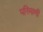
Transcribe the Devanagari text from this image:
परिमाणी